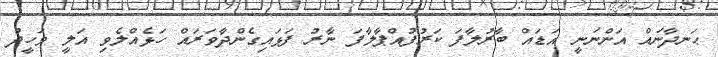
ޙަނދާނައް އަންނަނީ އަޑައް ބާރުލާފަ ކަރުފުއްޕާލާފަ ނާރު ފަޅައިގެންދާވަރައް ހަޅެއްލެވި އަލީ ވަހީދު